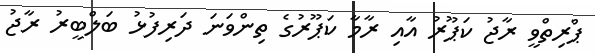
ޕްރިތްވީ ރާޖު ކަޕޫރު އާއި ރާމާ ކަޕޫރުގެ ތިންވަނަ ދަރިފުޅު ބަލްބީރު ރާޖު